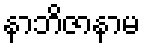
နာဘိဇာနာမ